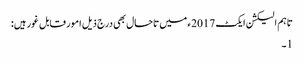
تاہم الیکشن ایکٹ 2017ء میں تاحال بھی درج ذیل امور قابل غور ہیں:
1۔